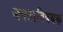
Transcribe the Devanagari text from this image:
जगताविषयक